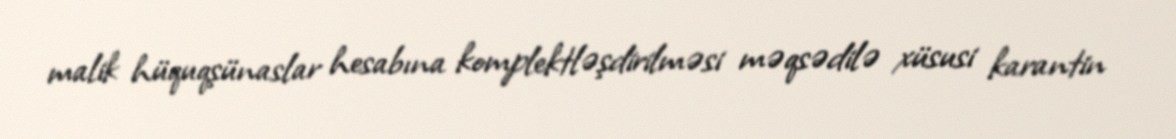
malik hüquqşünaslar hesabına komplektləşdirilməsi məqsədilə xüsusi karantin